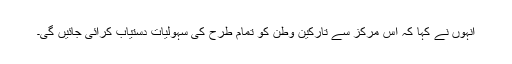
انہوں نے کہا کہ اس مرکز سے تارکین وطن کو تمام طرح کی سہولیات دستیاب کرائی جائیں گی۔